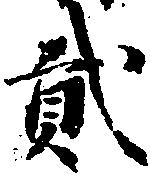
弐